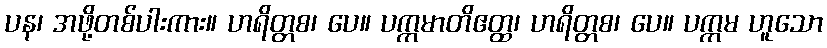
ပန၊ အဖို့တစ်ပါးကား။ ဟရိတ္တစ၊ ပေ။ ပက္ကမာတိဧတ္ထ၊ ဟရိတ္တစ၊ ပေ။ ပက္ကမ ဟူသော